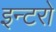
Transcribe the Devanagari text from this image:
इन्टरो